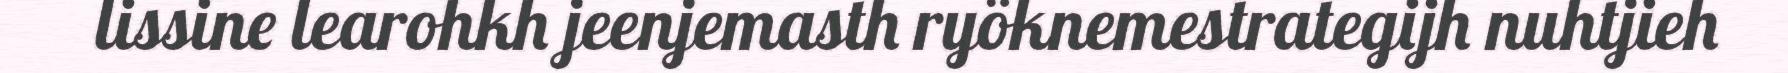
lissine learohkh jeenjemasth ryöknemestrategijh nuhtjieh